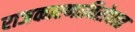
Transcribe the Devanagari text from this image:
राजकारणाविरोधात